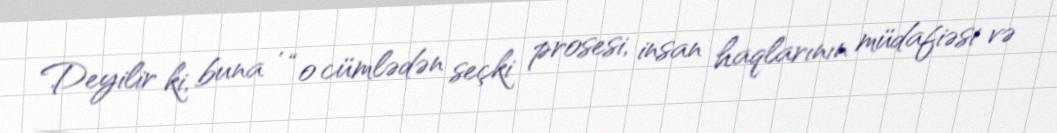
Deyilir ki, buna , “o cümlədən seçki prosesi, insan haqlarının müdafiəsi və